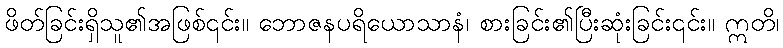
ဖိတ်ခြင်းရှိသူ၏အဖြစ်၎င်း။ ဘောဇနပရိယောသာနံ၊ စားခြင်း၏ပြီးဆုံးခြင်း၎င်း။ ဣတိ၊